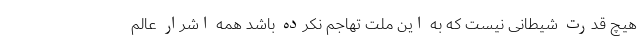
هیچ قدرت شیطانی نیست که به این ملت تهاجم نکرده باشد همه اشرار عالم